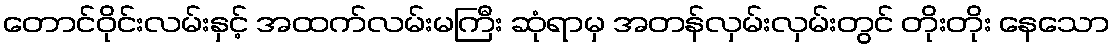
တောင်ဝိုင်းလမ်းနှင့် အထက်လမ်းမကြီး ဆုံရာမှ အတန်လှမ်းလှမ်းတွင် တိုးတိုး နေသော